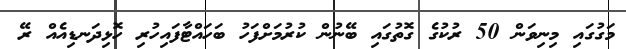
މަގުގައި މިނިވަން 50 ރުކުގެ ގޮތުގައި ބޭނުން ކުރުމަށްފަހު ބަހައްޓާފައިހުރި ހޮޅިދަނޑިއެއް ރޭ